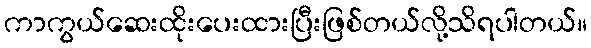
ကာကွယ်ဆေးထိုးပေးထားပြီးဖြစ်တယ်လို့သိရပါတယ်။